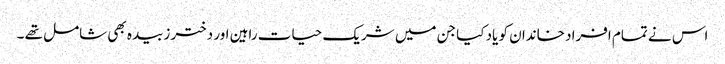
اس نے تمام افراد خاندان کو یاد کیا جن میں شریک حیات راہین اور دختر زبیدہ بھی شامل تھے ۔